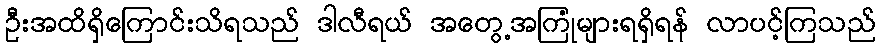
ဦးအထိရှိကြောင်းသိရသည် ဒါလီရယ် အတွေ့အကြုံများရရှိရန် လာပင့်ကြသည်